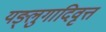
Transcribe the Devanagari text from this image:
यङ्लुगादिवृत्त